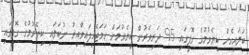
ބަލައިގެން ކިޔެވުމުގެ ގޮފީގައި 95 ދަރިވަރުން ކިޔެވުމަށް ހަމަޖެހިފައިވާއިރު ނުބަލައި ކިޔެވުމުގެ ގޮފީގައި